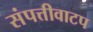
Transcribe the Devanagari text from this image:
संपत्तीवाटप